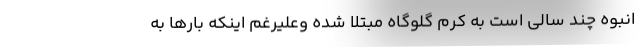
انبوه چند سالی است به کرم گلوگاه مبتلا شده وعلیرغم اینکه بارها به